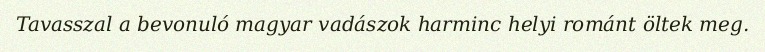
Tavasszal a bevonuló magyar vadászok harminc helyi románt öltek meg.